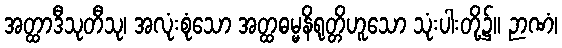
အတ္ထာဒီသုတီသု၊ အလုံးစုံသော အတ္ထဓမ္မနိရုတ္တိဟူသော သုံးပါးတို့၌။ ဉာဏံ၊